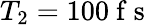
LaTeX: T_{2}=100\mathrm{~f~s~}